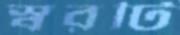
স্বরটি